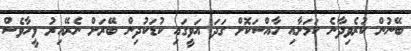
ބޭނުން ކުރެވިދާނެ ކަަމަށާއި ހާއްސަކޮށް ގަދަ އަވީގައި ކުޑަކުދިން ބޭރަށް ނެރޭއިރު ވީހާވެސް